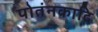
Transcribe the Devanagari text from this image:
पोतंनकादि